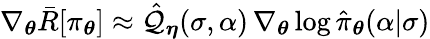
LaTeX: {\nabla}_{\boldsymbol{\theta}}\bar{R}[\pi_{\boldsymbol{\theta}}]\approx\hat{\mathcal{Q}}_{\boldsymbol{\eta}}(\sigma,\alpha)\, \nabla_{\boldsymbol{\theta}}\log\hat{\pi}_{\boldsymbol{\theta}}(\alpha\vert\sigma)